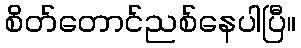
စိတ်တောင်ညစ်နေပါပြီ။